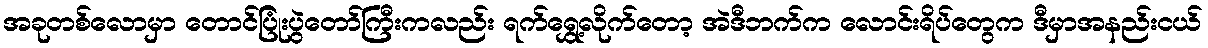
အခုတစ်လောမှာ တောင်ပြုံးပွဲတော်ကြီးကလည်း ရက်ရွှေ့လိုက်တော့ အဲဒီဘက်က လောင်းရိပ်တွေက ဒီမှာအနည်းငယ်